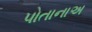
પોતાનાઅ